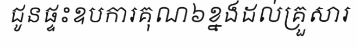
ជូនផ្ទះឧបការគុណ៦ខ្នងដល់គ្រួសារ